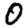
Digit: 0